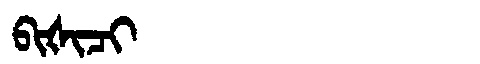
Manchu: ᠪᡳᡧᡳᠴᡳ
Romanization: BIŠICI